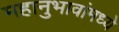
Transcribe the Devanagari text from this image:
महानुभावांमध्ये